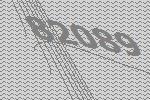
82089